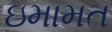
ઇમામત